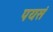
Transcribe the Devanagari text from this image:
पयसं